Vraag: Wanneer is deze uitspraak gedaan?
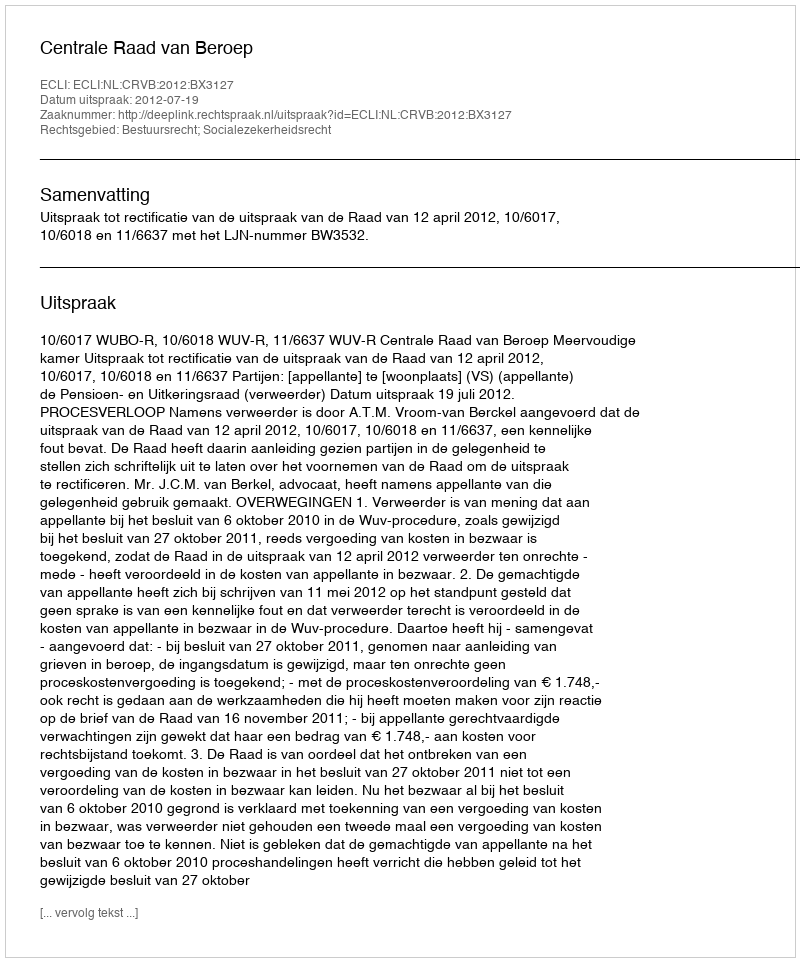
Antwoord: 2012-07-19